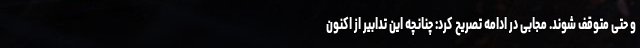
و حتی متوقف شوند. مجابی در ادامه تصریح کرد: چنانچه این تدابیر از اکنون